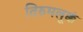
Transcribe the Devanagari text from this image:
तिरुमलूक्कं